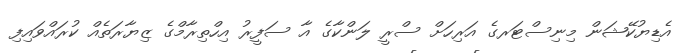
އެޑިޔުކޭޝަން މިނިސްޓަރގެ އަރިހަށް ސްރީ ލަންކާގެ އާ ސަފީރު އިހްތިރާމްގެ ޒިޔާރަތެއް ކުރައްވައިފި